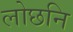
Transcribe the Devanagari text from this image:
लोछनि